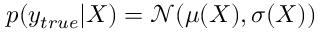
p ( y _ { t r u e } | X ) = \mathcal { N } ( \mu ( X ) , \sigma ( X ) )